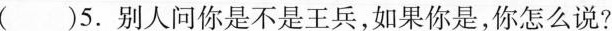
()5.别人问你是不是王兵，如果你是，你怎么说？